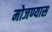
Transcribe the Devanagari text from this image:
मोजण्यास